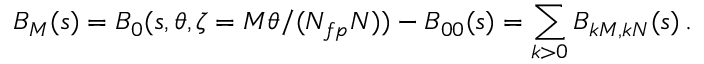
B _ { M } ( s ) = B _ { 0 } ( s , \theta , \zeta = M \theta / ( N _ { f p } N ) ) - B _ { 0 0 } ( s ) = \sum _ { k > 0 } B _ { k M , k N } ( s ) \, .